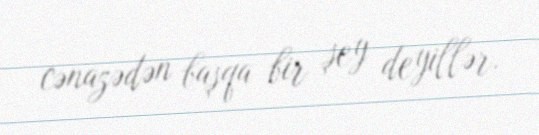
cənazədən başqa bir şey deyillər.